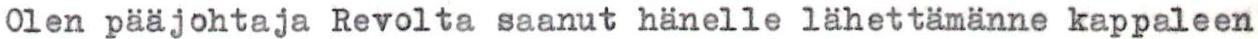
Olen pääjohtaja Revolta saanut hänelle lähettämänne kappaleen